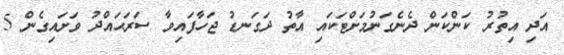
އަދި އިތުރު ކަންކަން ދެނެގަނުމަށްޓަކައި އާތު ދަގަނޑު ޖަހާފައިވާ ސަރަޙައްދު ވަށައިގެން 5